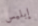
إبليس